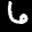
Label: 6